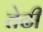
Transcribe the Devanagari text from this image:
तेढी